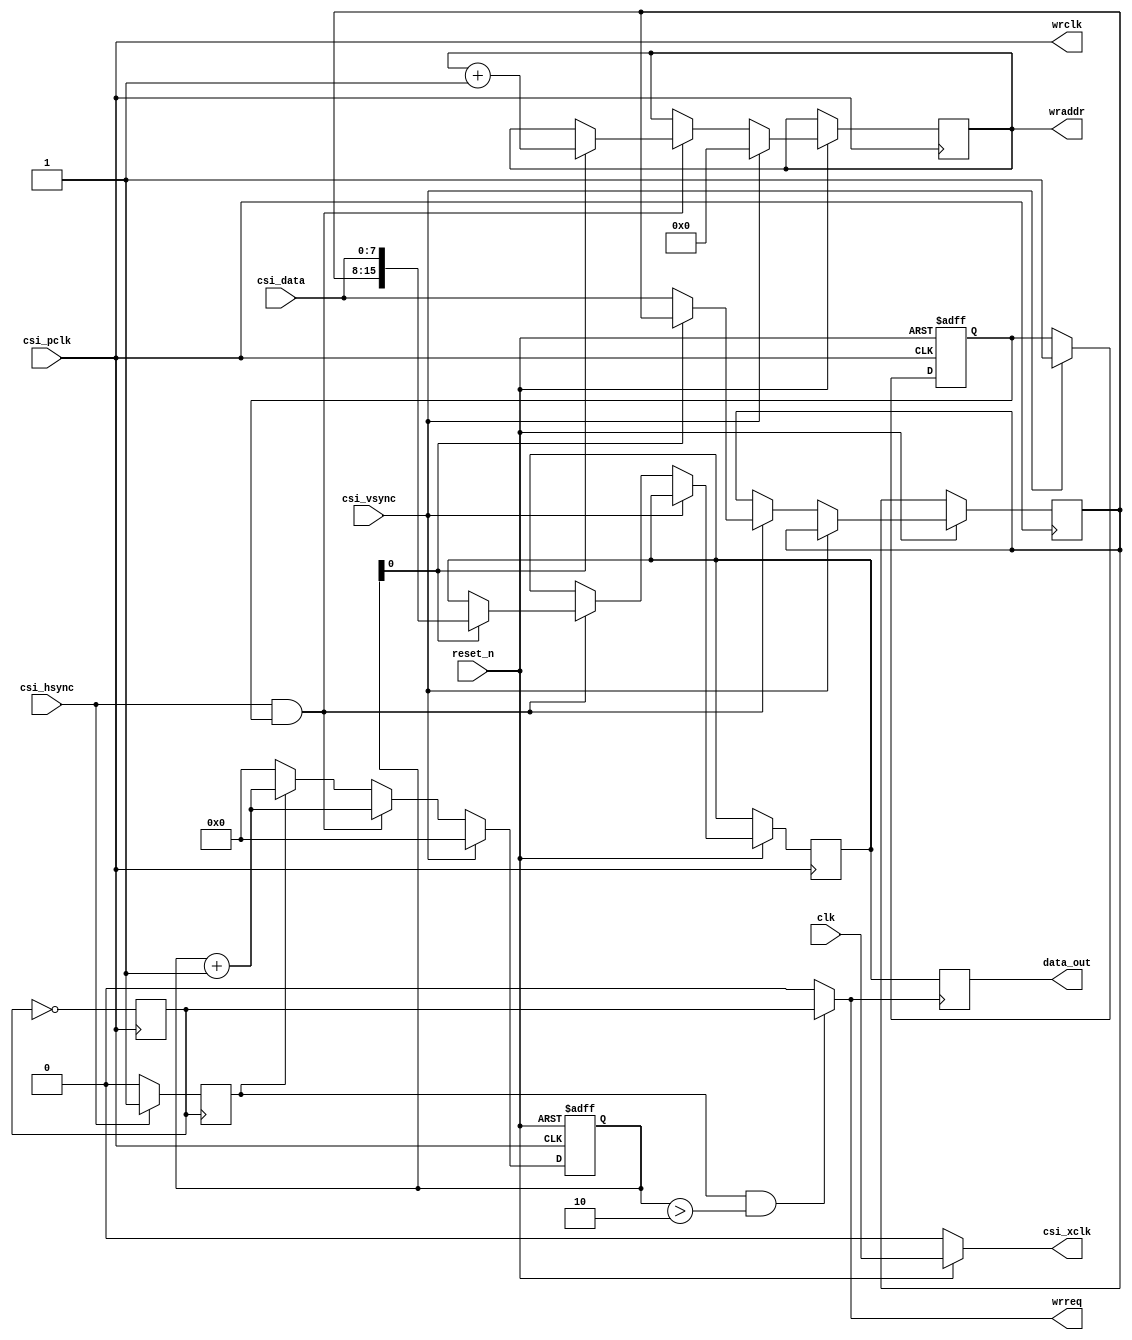
`timescale 1ns/ 1ps
// --------------------------------------------------------------------
// >>>>>>>>>>>>>>>>>>>>>>>>> COPYRIGHT NOTICE <<<<<<<<<<<<<<<<<<<<<<<<<
// --------------------------------------------------------------------
// 
// 
// Description:
//
//		dvp_ov2640,
// 
// Web: www.anlogic.com
// --------------------------------------------------------------------
module camera_reader
(
	input 	wire 		clk,
	input 	wire 		reset_n,
	
	output 	wire 		csi_xclk,
	
	input 	wire 		csi_pclk,
	input 	wire [7:0] 	csi_data,
	input 	wire 		csi_vsync,
	input 	wire 		csi_hsync,
	
	output 	reg  [15:0] data_out = 0,
	output 	wire 		wrreq,
	output 	wire 		wrclk,
	output 	reg  [15:0]	wraddr
);

reg [19:0] pixel_counter = 0;
assign csi_xclk  = (reset_n == 1) ? clk : 0;
reg vsync_passed = 0;
reg write_pixel  = 0;
reg [7:0] 	subpixel;
reg [15:0] 	current_pixel;
reg wrclk1 = 0;

always@(posedge csi_pclk)
begin
	wrclk1 <= ~wrclk1;
end

always@(negedge wrclk1)
begin
	if(csi_hsync == 1)
		write_pixel <= 1;
	else
		write_pixel <= 0;
end

always@(posedge wrreq )
begin
	data_out <= current_pixel;
end

always@(posedge csi_pclk or negedge reset_n)
begin
	if(reset_n == 0)
	begin
		pixel_counter <= 0;
		vsync_passed <= 0;
	end
	else
	begin
		if(csi_vsync == 1)
		begin
			pixel_counter <= 0;
			vsync_passed <= 1;
			wraddr <= 0;
		end
		else
			if(csi_hsync == 1 && vsync_passed == 1)
			begin
				if(pixel_counter[0] == 0)
				begin
					pixel_counter <= pixel_counter + 1;
					subpixel <= csi_data;
				end
				else
				begin
					current_pixel <= { subpixel, csi_data };
					pixel_counter <= pixel_counter + 1;
					wraddr <= wraddr + 1;
				end
			end
			else
			begin
				if(write_pixel == 1)
					pixel_counter <= pixel_counter + 1;
				else
					pixel_counter <= 0;
			end
	end
end

assign wrreq = (write_pixel == 1) && pixel_counter > 2 ? wrclk1 : 0;
assign wrclk = csi_pclk;//~csi_pclk;

endmodule